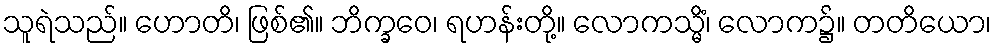
သူရဲသည်။ ဟောတိ၊ ဖြစ်၏။ ဘိက္ခဝေ၊ ရဟန်းတို့။ လောကသ္မိံ၊ လောက၌။ တတိယော၊